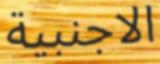
الاجنبية